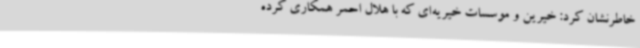
خاطرنشان کرد: خیرین و موسسات خیریه‌ای که با هلال احمر همکاری کرده